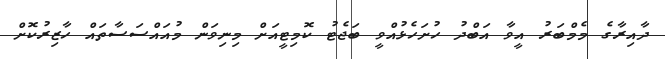
ދާއިރާގެ މެމްބަރު އީވާ އަބްދު ހުށަހެޅުއްވީ ބަޖެޓު ކޮމިޓީއަށް މިނިވަން މުއައްސަސާތައް ހާޒިރުކޮށް